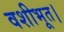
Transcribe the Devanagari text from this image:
वशीभूत।